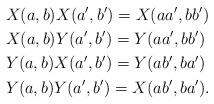
LaTeX: \begin{align*} & X(a,b)X(a',b') = X(aa',bb')\\ & X(a,b)Y(a',b') = Y(aa',bb')\\ & Y(a,b)X(a',b') = Y(ab',ba')\\ & Y(a,b)Y(a',b') = X(ab',ba').\end{align*}